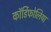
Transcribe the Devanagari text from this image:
कॉर्डिफोलिया